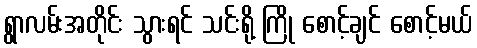
ရွာလမ်းအတိုင်း သွားရင် သင်းရို့ ကြို စောင့်ချင် စောင့်မယ်